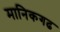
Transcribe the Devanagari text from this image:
मानिकगढ